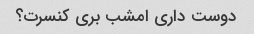
دوست داری امشب بری کنسرت؟